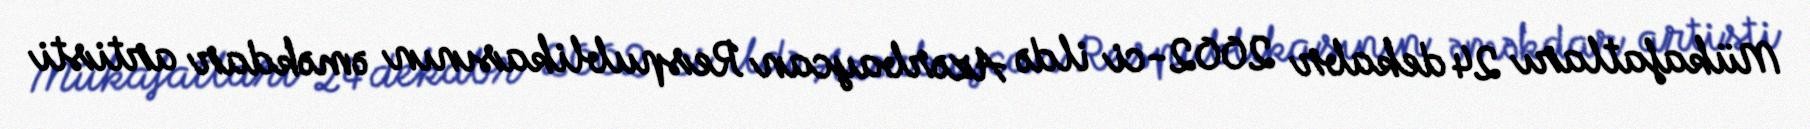
Mükafatları 24 dekabr 2002-ci ildə Azərbaycan Respublikasının əməkdar artisti